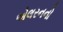
એલરનનો